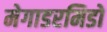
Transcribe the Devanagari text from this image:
मेगाडरमिडो